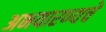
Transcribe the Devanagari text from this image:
अभयारण्यचे